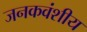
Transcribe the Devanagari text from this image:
जनकवंशीय